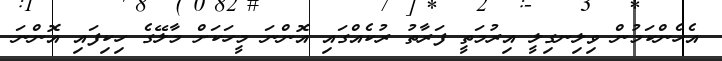
އެހެންކަމުން ވިލިނގިލީ އިރުމަތީ ފަރާތު ރުކެއްގައި އޮންނަ މީހަކަށް މާލޭގެ ހިކިފައި އޮންނަ